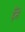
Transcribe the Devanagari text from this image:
हँसें